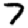
Digit: 7